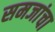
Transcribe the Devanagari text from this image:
समजांचा